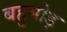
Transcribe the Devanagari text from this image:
बहुमोड़